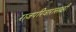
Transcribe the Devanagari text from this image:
राजपरिवारासाठी